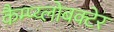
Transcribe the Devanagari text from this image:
कैम्प्य्लोबक्टेर